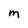
Character: M